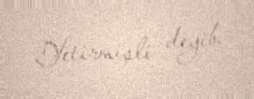
Yetirmişli deyib.